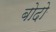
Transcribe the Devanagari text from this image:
बोदो